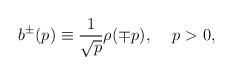
LaTeX: \begin{align*}b^{\pm}(p) \equiv \frac{1}{\sqrt{p}} \rho(\mp p) ,\hspace{5 mm} p>0,\end{align*}